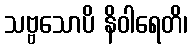
သဗ္ဗသောပိ နိဝါရေတိ၊